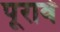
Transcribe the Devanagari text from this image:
पूरावे